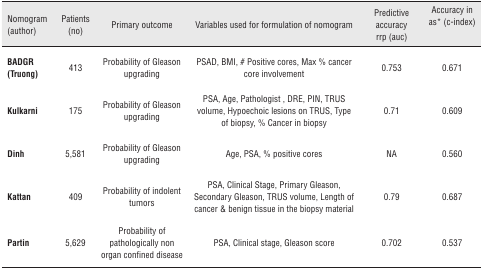
| Nomogram (author) | Patients (no) | Primary outcome | Variables used for formulation of nomogram | Predictive accuracy rrp (auc) | Accuracy in as* (c-index) |
 | --- | --- | --- | --- | --- | --- |
 | BADGR (Truong) | 413 | Probability of Gleason upgrading | PSAD, BMI, # Positive cores, Max % cancer core involvement | 0.753 | 0.671 |
 | Kulkarni | 175 | Probability of Gleason upgrading | PSA, Age, Pathologist , DRE, PIN, TRUS volume, Hypoechoic lesions on TRUS, Type of biopsy, % Cancer in biopsy | 0.71 | 0.609 |
 | Dinh | 5,581 | Probability of Gleason upgrading | Age, PSA, % positive cores | NA | 0.560 |
 | Kattan | 409 | Probability of indolent tumors | PSA, Clinical Stage, Primary Gleason, Secondary Gleason, TRUS volume, Length of cancer & benign tissue in the biopsy material | 0.79 | 0.687 |
 | Partin | 5,629 | Probability of pathologically non organ confined disease | PSA, Clinical stage, Gleason score | 0.702 | 0.537 |